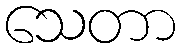
သေတာ